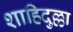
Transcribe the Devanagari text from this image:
शाहिदुल्ला